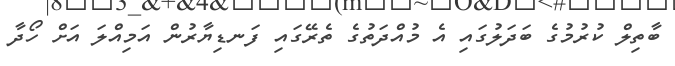
ބާތިލް ކުރުމުގެ ބަދަލުގައި އެ މުއްދަތުގެ ތެރޭގައި ފަނޑިޔާރުން އަމިއްލަ އަށް ހޯދާ